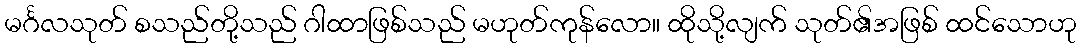
မင်္ဂလသုတ် စသည်တို့သည် ဂါထာဖြစ်သည် မဟုတ်ကုန်လော။ ထိုသို့လျက် သုတ်၏အဖြစ် ထင်သောဟု